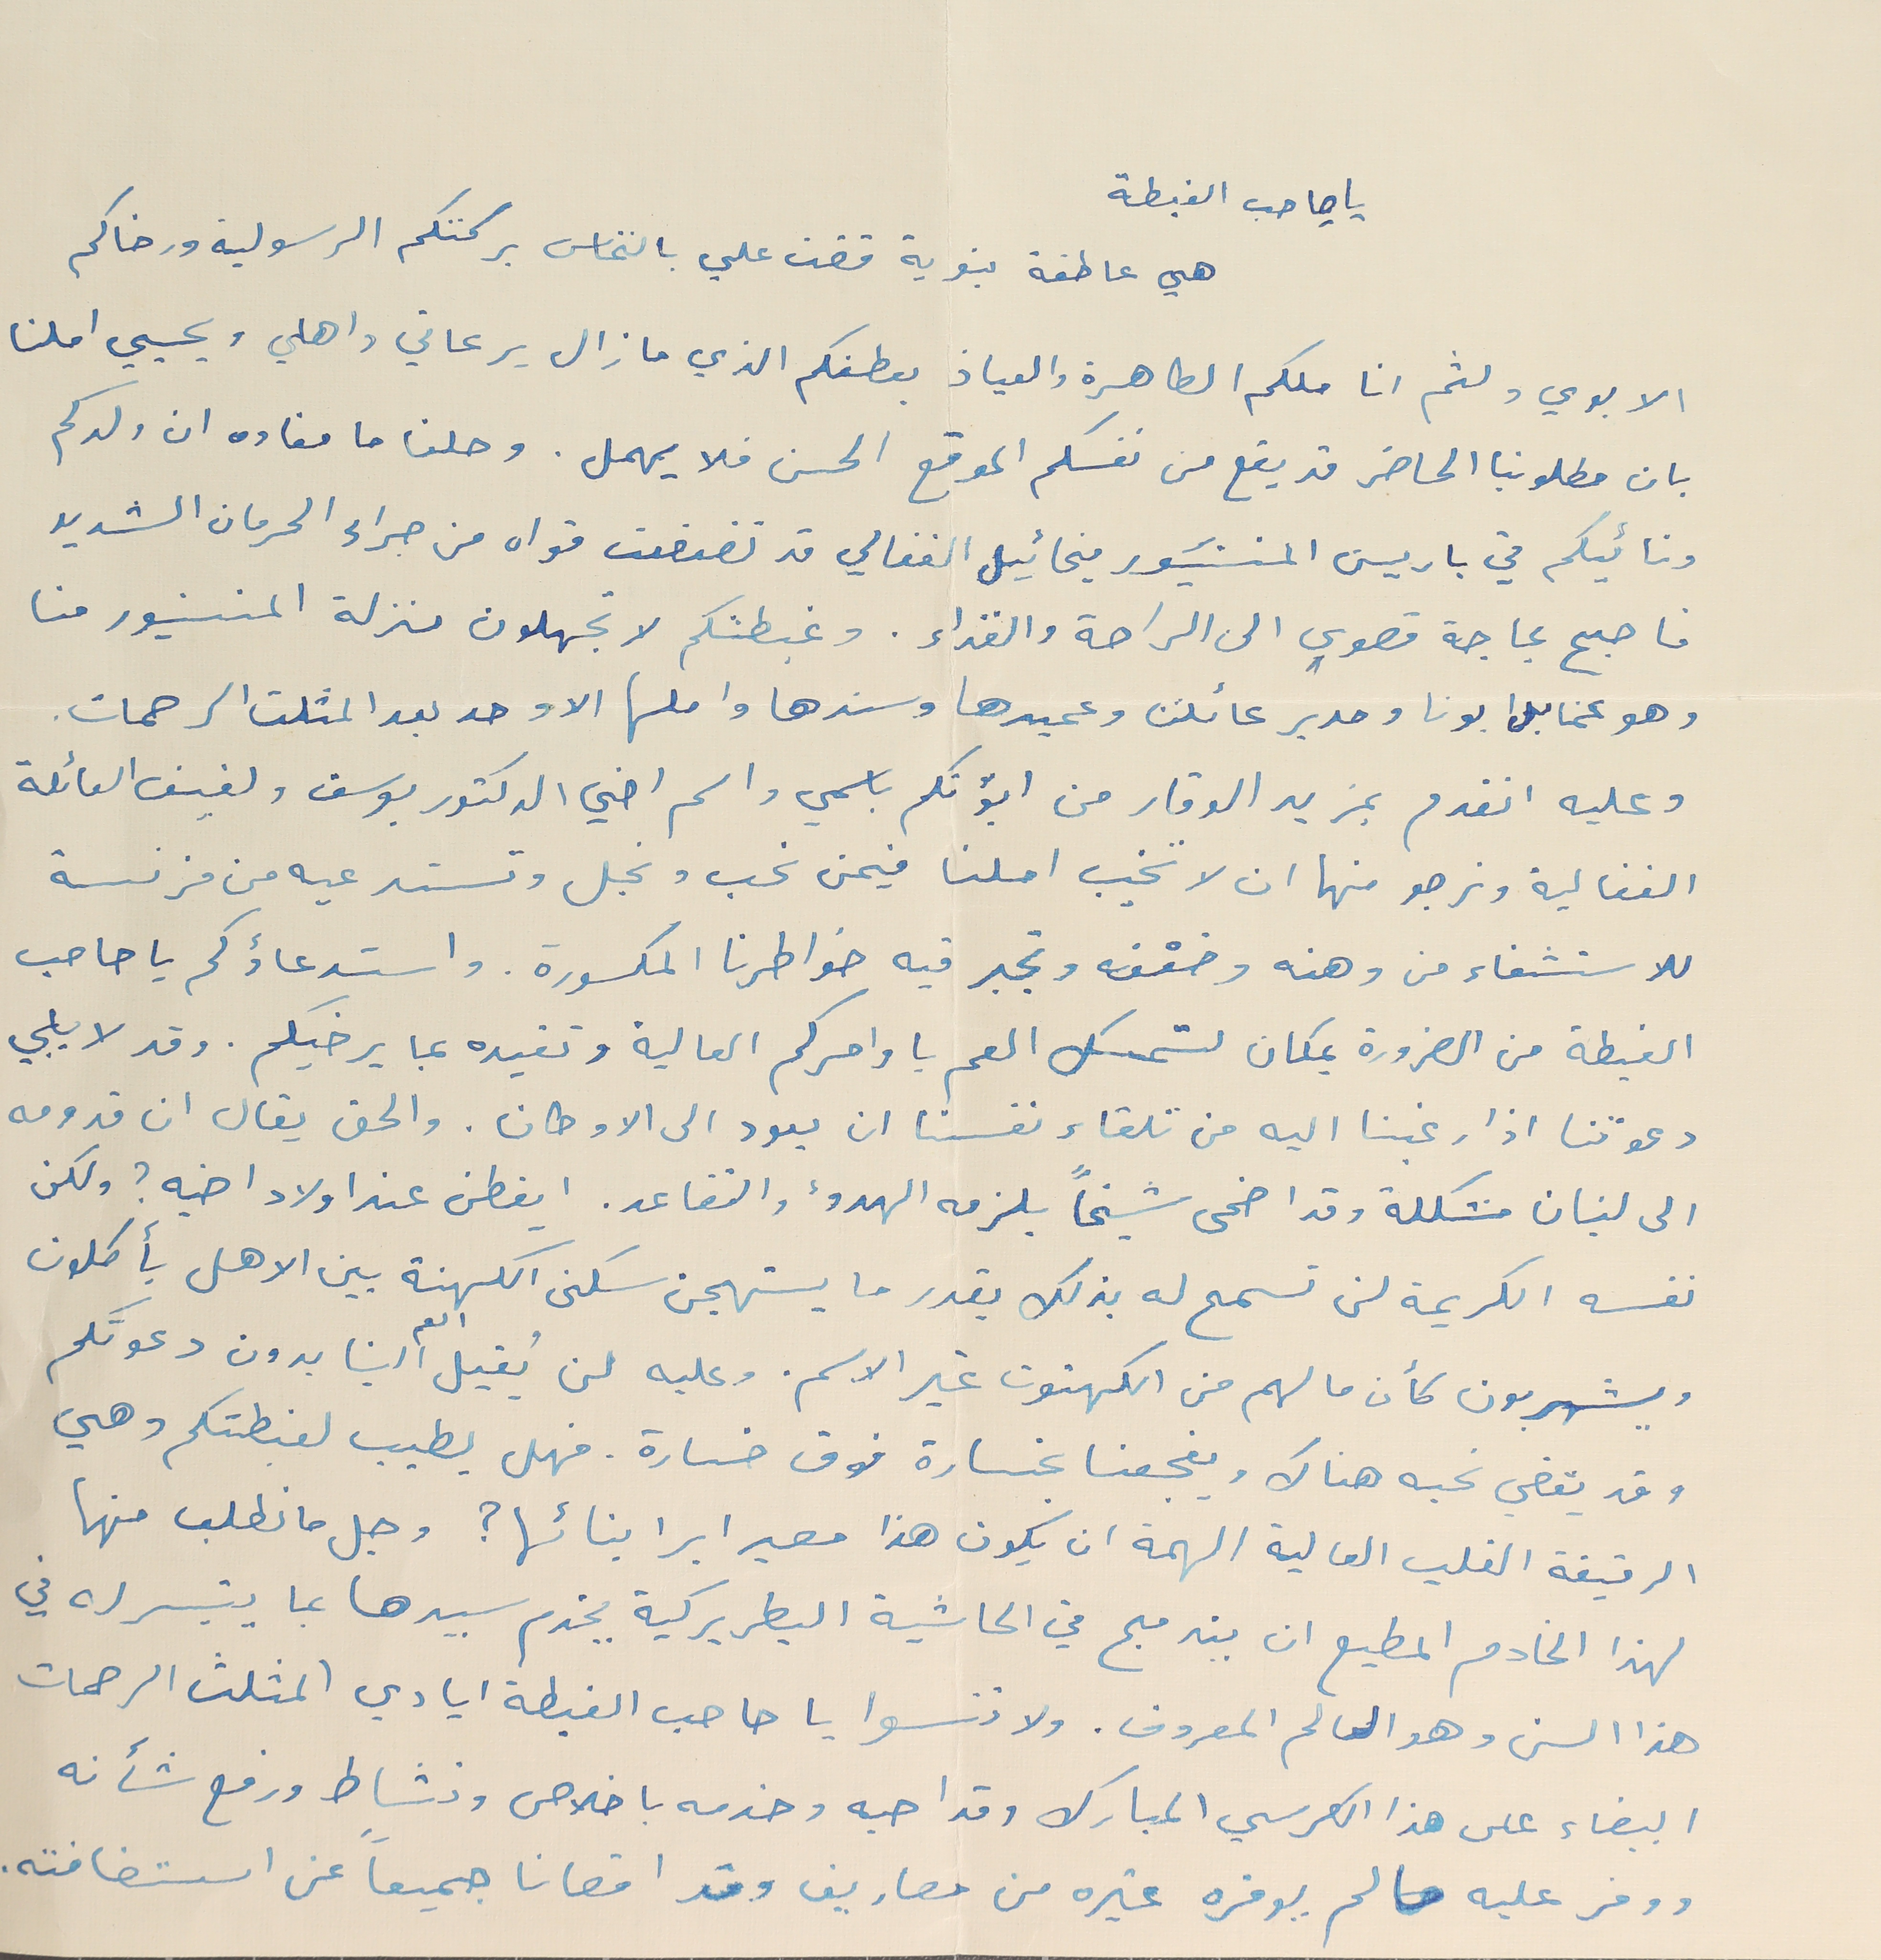
يا صاحب الغبطة
 هي عاطفة بنوية قضت علي بالتماس بركتكم الرسولية ورضاكم
الابوي ولثم اناملكم الطاهرة والعياذ بعطفكم الذي ما زال يرعاني واهلي ويحيي املنا
بان مطلوبنا الحاضر قد يقع من نفسكم الموقع الحسن فلا يهمل. وصلنا ما مفاده ان ولدكم
ونائبكم في باريسَ المنسَنيور ميخائيل الفغالي قد تضعضعت قواه من جراء الحرمان الشديد
فاصبح بحاجة قصوي الى الراحة والغذاء. وغبطتكم لا تجهلون منزلة المنسنيور حنا
وهو عمنا بل ابونا ومدير عائلتنا وعميدها وسندها واملها الاوحد بعد المثلث الرحمات.
وعليه اتقدم بمزيد الوقار من ابوّتكم باسمي واسم اخي الدكتور يوسف ولفيف العائلة
الفغالية ونرجو منها ان لا تخيب املنا فيمن نحب ونجل وتستدعيه من فرنسة
للاستشفاء من وهنه وضعْفه وتجبر فيه خواطرنا المكسورة. واستدعاؤكم يا صاحب
الغبطة من الضرورة بمكان لتمسك العم باوامركم العالية وتفيده بما يرضيكم. وقد لا يلبي
دعوتنا اذا رغبنا اليه من تلقاء نفسنا ان يعود الى الاوطان. والحق يقال ان قدومه
الى لبنان مشكلة وقد اضحى شيخاً يلزمه الهدوء والتقاعد. ايقطن عند اولاد اخيه؟ ولكن
نفسه الكريمة لن تسمح له بذلك بقدر ما يستهجن سكنى الكهنة بين الاهل يأكلون
ويشربون كأن ما لهم من الكهنوت غير الاسم. وعليه لن يُقبل العم الينا بدون دعوتكم
وقد يقضي نحبه هناك ويفجعنا بخسارة فوق خسارة. فهل يطيب لغبطتكم وهي
الرقيقة القلب العالية الهمة ان يكون هذا مصير ابر ابنائها؟ وجل ما نطلب منها
لهذا الخادم المطيع ان يندمج في الحاشية البطريركية يخدم سيدها بما يتيسر له في
هذا السن وهو العالم المعروف. ولا تنسوا يا صاحب الغبطة ايادي المثلث الرحمات
البيضاء على هذا الكرسي المبارك وقد احبه وخدمه باخلاص ونشاط ورفع شأنه
ووفر عليه ما لم يوفره غيره من مصاريف وقد اقصانا جميعاً عن استضافته.